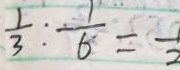
\frac { 1 } { 3 } : \frac { 1 } { 6 } = \frac { 1 } { 2 }